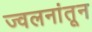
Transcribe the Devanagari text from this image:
ज्वलनांतून